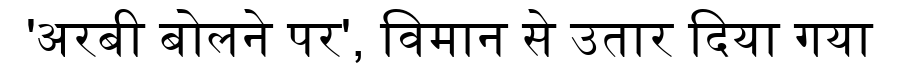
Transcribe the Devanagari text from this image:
'अरबी बोलने पर', विमान से उतार दिया गया